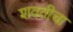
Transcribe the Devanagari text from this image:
शवतीचा